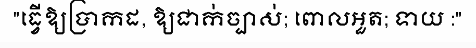
"ធ្វើឱ្យប្រាកដ, ឱ្យជាក់ច្បាស់; ពោលអួត; ទាយ :"